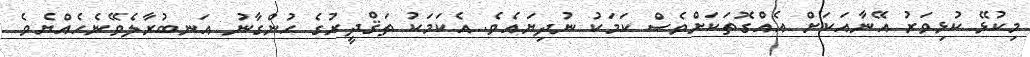
މިކުޅޭ ކުޅިވަރު އޭނާއަކަށް އެއްގޮތަކަށްވެސް ކަމަކު ނުދިޔައެވެ. އެކަމަކު ތަޤްދީރުގެ ހުންގާނު އަނބުރާލެވޭނެހެއްޔެވެ